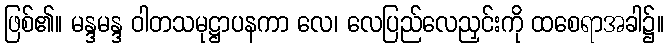
ဖြစ်၏။ မန္ဒမန္ဒ ဝါတသမုဋ္ဌာပနကာ လေ၊ လေပြည်လေညှင်းကို ထစေရာအခါ၌။